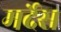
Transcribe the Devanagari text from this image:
मर्देस